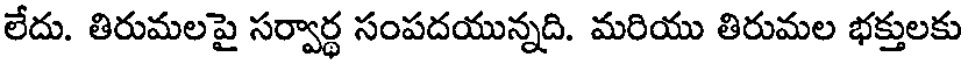
లేదు. తిరుమలపై సర్వార్థ సంపదయున్నది. మరియు తిరుమల భక్తులకు